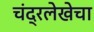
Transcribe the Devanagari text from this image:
चंद्रलेखेचा